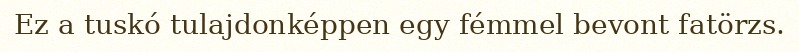
Ez a tuskó tulajdonképpen egy fémmel bevont fatörzs.